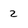
Character: 2